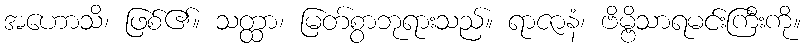
အဟောသိ၊ ဖြစ်၏။ သတ္ထာ၊ မြတ်စွာဘုရားသည်။ ရာဇာနံ၊ ဗိမ္ဗိသာရမင်းကြီးကို။